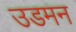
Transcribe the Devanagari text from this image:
उडमन